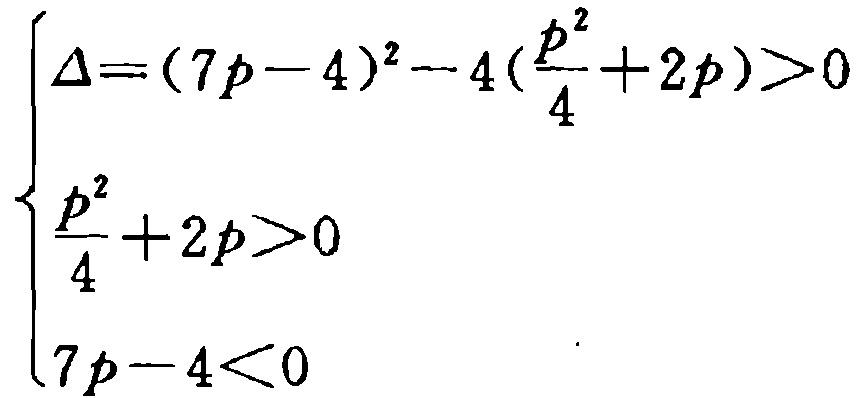
\[
\begin{cases}
\Delta=(7p - 4)^2-4(\frac{p^2}{4}+2p)>0 \\
\frac{p^2}{4}+2p>0 \\
7p - 4<0
\end{cases}
\]